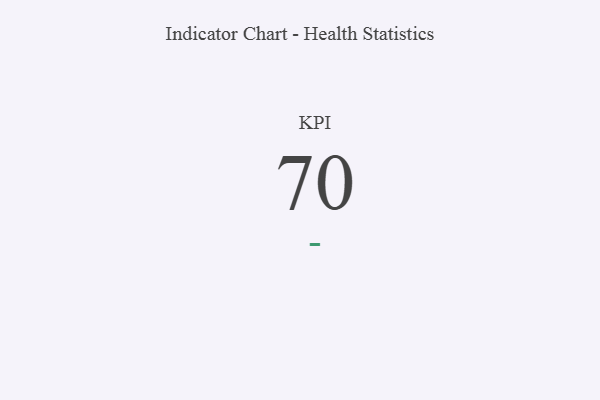
{"axis": {"x": "KPI", "y": "Value"}, "legend": [""], "data": [{"x": "KPI", "y": 70, "type": ""}]}